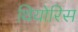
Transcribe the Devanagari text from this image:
थियोरिस